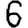
Digit: 6